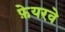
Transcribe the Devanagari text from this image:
फ़ेयरवे